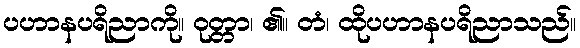
ပဟာနပရိညာကို။ ဝုတ္တာ၊ ၏။ တံ၊ ထိုပဟာနပရိညာသည်။